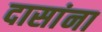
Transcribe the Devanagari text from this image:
दासांना